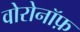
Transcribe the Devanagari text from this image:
वोरोनॉफ़